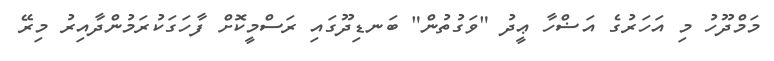
މަމްދޫހު މި އަހަރުގެ އަޟްހާ ޢީދު "ވަގުތުން" ބަނޑިދޫގައި ރަސްމީކޮށް ފާހަގަކުރަމުންދާއިރު މިރޭ